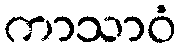
ကာသာဝံ